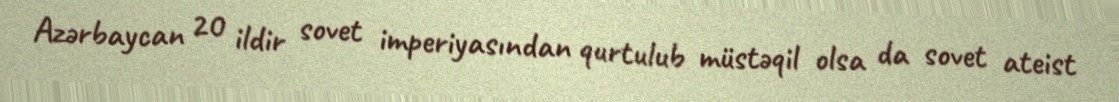
Azərbaycan 20 ildir sovet imperiyasından qurtulub müstəqil olsa da sovet ateist